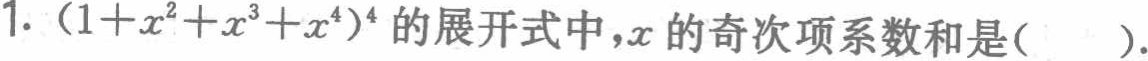
1. $(1 + x^{2}+x^{3}+x^{4})^{4}$的展开式中，$x$的奇次项系数和是(  ).